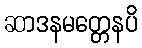
ဆာဒနမတ္တေနပိ